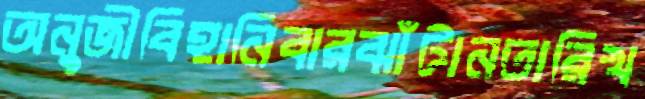
অনুজীবিহানিবারঝাঁটানতারিখ